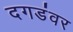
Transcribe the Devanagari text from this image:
दगडंवर